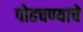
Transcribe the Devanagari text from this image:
पोहचण्याचे